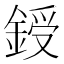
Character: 𨨒